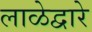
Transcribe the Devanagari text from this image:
लाळेद्वारे